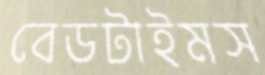
বেডটাইমস